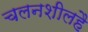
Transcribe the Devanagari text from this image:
चलनशीलहै